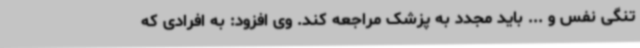
تنگی نفس و ... باید مجدد به پزشک مراجعه کند. وی افزود: به افرادی که